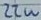
Text: 22u